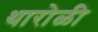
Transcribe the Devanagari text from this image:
थारोळी